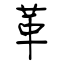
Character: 革